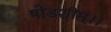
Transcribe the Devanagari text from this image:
षोडशीम्।।